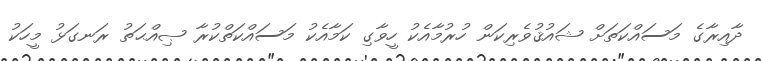
ދާއިރާގެ މަސައްކަތަށް ޝައުޤުވެރިކަން ހުރުމާއެކު ހީވާގި ކަމާއެކު މަސައްކަތްކުރާ ޞިއްޙަތު ރަނގަޅު މީހަކު